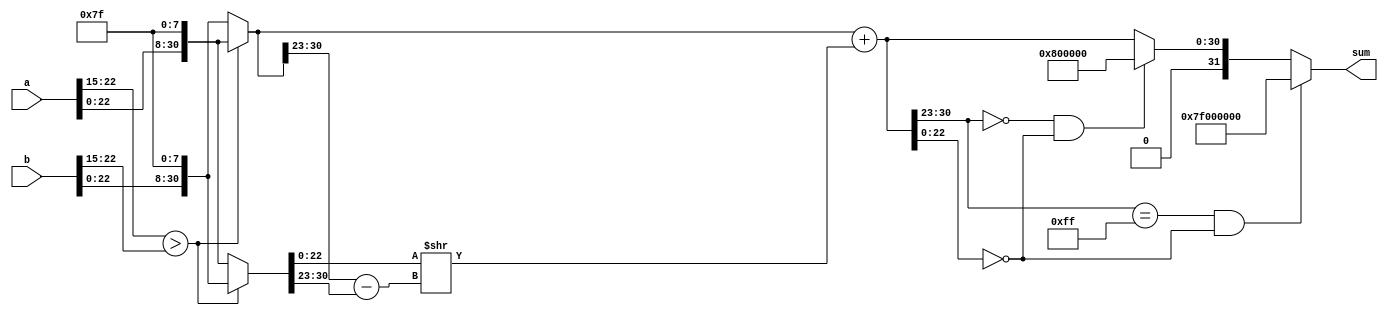
module fp_adder (
  input [31:0] a, // 32-bit operand a
  input [31:0] b, // 32-bit operand b
  output reg [31:0] sum // 32-bit result sum
);

  reg [31:0] a_expanded; // Expanded a
  reg [31:0] b_expanded; // Expanded b
  reg greater_exp;
  reg [31:0] a_swapped;
  reg [31:0] b_swapped;
  reg [7:0] exp_diff;
  reg [31:0] b_shifted;
  reg sign;
  reg [31:0] mant_sum;
  reg [31:0] sum_expanded;
  reg overflow;
  reg underflow;

  always @* begin
    a_expanded = {1'b0, a[22:0], 8'h7F}; // Expand a
    b_expanded = {1'b0, b[22:0], 8'h7F}; // Expand b

    // Determine which operand has the greater exponent
    greater_exp = (a_expanded[30:23] > b_expanded[30:23]);

    // Swap operands if necessary so that a has the greater exponent
    if (greater_exp) begin
      a_swapped = a_expanded;
      b_swapped = b_expanded;
    end else begin
      a_swapped = b_expanded;
      b_swapped = a_expanded;
    end

    // Calculate the difference in exponents
    exp_diff = a_swapped[30:23] - b_swapped[30:23];

    // Right-shift the mantissa of the smaller operand
    b_shifted = {1'b0, b_swapped[22:0]} >> exp_diff;

    // Determine the sign of the result
    sign = a_swapped[31];

    // Calculate the new exponent and mantissa
    mant_sum = sign ? a_swapped - b_shifted : a_swapped + b_shifted;
    sum_expanded = {sign, mant_sum[30:23], mant_sum[22:0]};

    // Check for overflow or underflow
    overflow = (mant_sum[30:23] == 8'hFF) && (mant_sum[22:0] == 0);
    underflow = (mant_sum[30:23] == 0) && (mant_sum[22:0] == 0);

    // Handle overflow or underflow
    if (overflow) begin
      sum = {1'b0, 8'hFE, 23'h0};
    end else if (underflow) begin
      sum = {sign, 8'h01, 23'h0};
    end else begin
      sum = sum_expanded;
    end
  end

endmodule